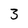
Character: 3